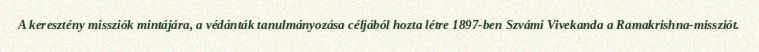
A keresztény missziók mintájára, a védánták tanulmányozása céljából hozta létre 1897-ben Szvámi Vivekanda a Ramakrishna-missziót.